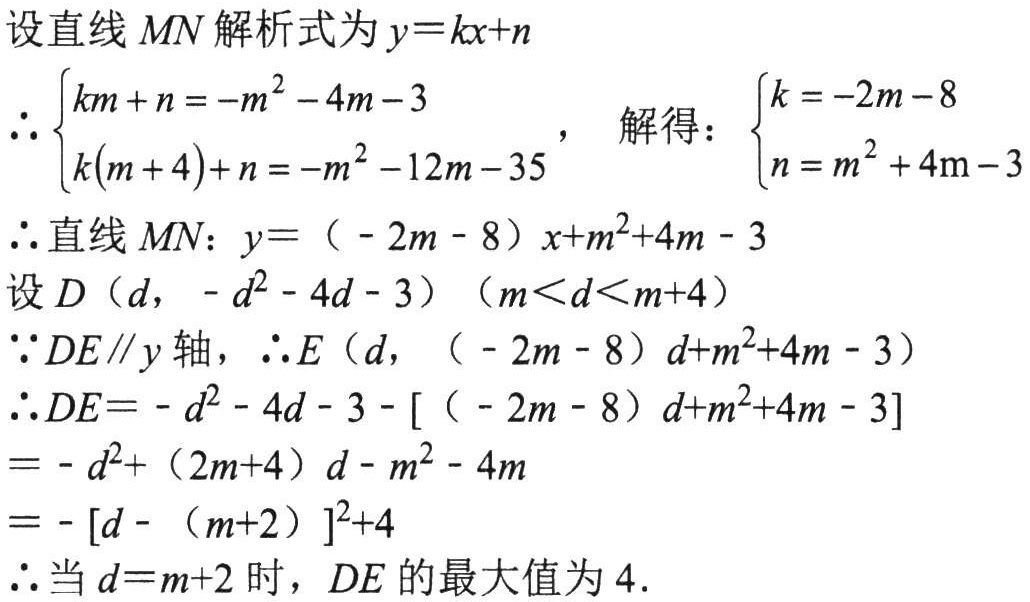
设直线$MN$解析式为$y = kx + n$
$\therefore\begin{cases}km + n = -m^{2} - 4m - 3\\k(m + 4)+n = -m^{2} - 12m - 35\end{cases}$， 解得：$\begin{cases}k = -2m - 8\\n = m^{2} + 4m - 3\end{cases}$
$\therefore$直线$MN$：$y = （ - 2m - 8）x + m^{2}+4m - 3$
设$D（d,\ - d^{2} - 4d - 3）（m<d<m + 4）$
$\because DE\parallel y$轴，$\therefore E（d,（ - 2m - 8）d + m^{2}+4m - 3）$
$\therefore DE =  - d^{2} - 4d - 3 - [（ - 2m - 8）d + m^{2}+4m - 3]$
$=  - d^{2}+（2m + 4）d - m^{2} - 4m$
$=  - [d - （m + 2）]^{2}+4$
$\therefore$当$d = m + 2$时，$DE$的最大值为$4$.